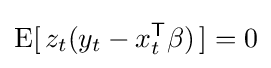
\operatorname {E} [\,z_{t}(y_{t}-x_{t}^{\mathsf {T}}\beta )\,]=0